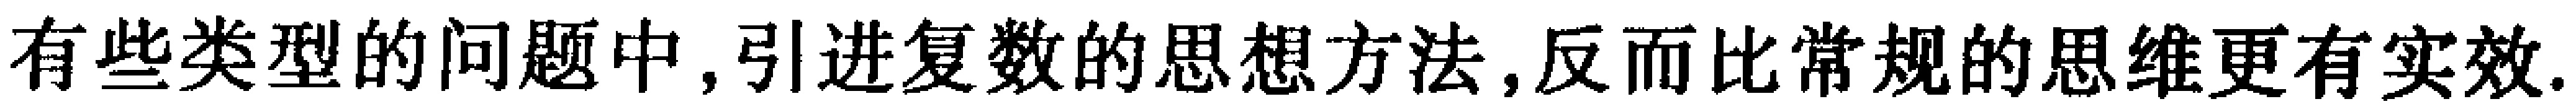
有些类型的问题中,引进复数的思想方法,反而比常规的思维更有实效.